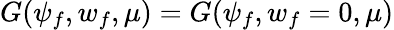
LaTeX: G(\psi_{f},w_{f},\mu)=G(\psi_{f},w_{f}=0,\mu)